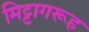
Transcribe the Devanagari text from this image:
मिट्टागरूह